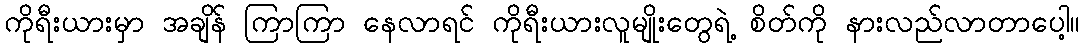
ကိုရီးယားမှာ အချိန် ကြာကြာ နေလာရင် ကိုရီးယားလူမျိုးတွေရဲ့ စိတ်ကို နားလည်လာတာပေါ့။